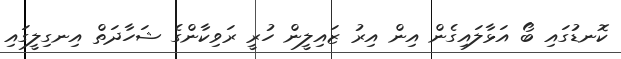
ކޮނޑުގައި ބޯ އަޅާލައިގެން އިން އިރު ޒައިލީން ހުރީ ރަވިކާންގެ ޝަހާދަތް އިނގިލީގައި